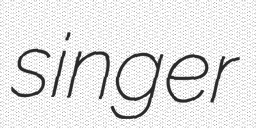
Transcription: singer